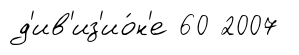
д'ив'из'ио́н'е 60 2007